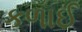
કળાઈ